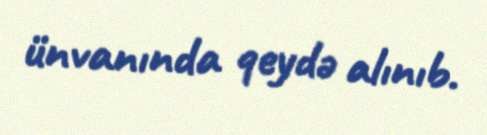
ünvanında qeydə alınıb.